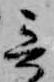
哥